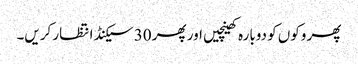
پھر وکوں کو دوبارہ کھینچیں اور پھر 30 سیکنڈ انتظار کریں۔